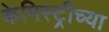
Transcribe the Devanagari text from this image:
केमिस्ट्रीच्या